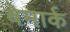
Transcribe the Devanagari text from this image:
वेमार्क